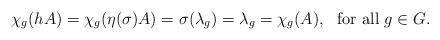
LaTeX: \begin{align*}\chi_g(hA)=\chi_g(\eta(\sigma)A)=\sigma(\lambda_g)=\lambda_g=\chi_g(A),~~\mbox{for all $g\in G$}.\end{align*}